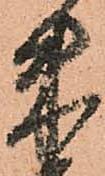
朱